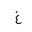
Letter: _gayn